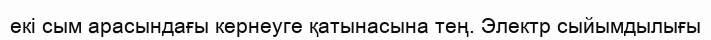
екі сым арасындағы кернеуге қатынасына тең. Электр сыйымдылығы